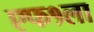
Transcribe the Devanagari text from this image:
एफ१ला